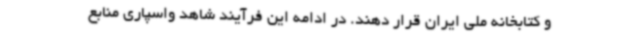
و کتابخانه ملی ایران قرار دهند. در ادامه این فرآیند شاهد واسپاری منابع